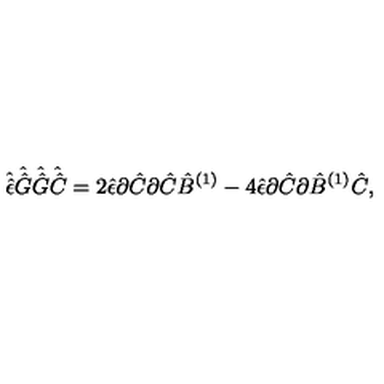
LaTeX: \hat { \hat { \epsilon } } \hat { \hat { G } } \hat { \hat { G } } \hat { \hat { C } } = 2 \hat { \epsilon } \partial \hat { C } \partial \hat { C } \hat { B } ^ { ( 1 ) } - 4 \hat { \epsilon } \partial \hat { C } \partial \hat { B } ^ { ( 1 ) } \hat { C } ,